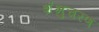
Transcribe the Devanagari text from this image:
शंभुचरण